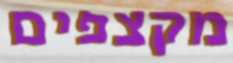
מקצפים